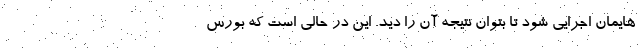
‌هایمان اجرایی شود تا بتوان نتیجه آن را دید. این در حالی است که بورس